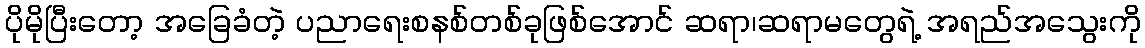
ပိုမိုပြီးတော့ အခြေခံတဲ့ ပညာရေးစနစ်တစ်ခုဖြစ်အောင် ဆရာ၊ဆရာမတွေရဲ့ အရည်အသွေးကို